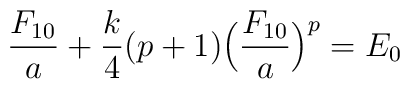
\frac{F_{10}}{a}+\frac{k}{4}(p+1)\Bigl(\frac{F_{10}}{a}\Bigr)^p=E_0